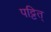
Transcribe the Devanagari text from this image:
पट्टित्